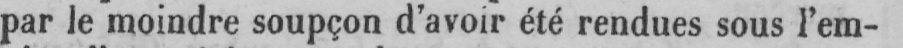
par le moindre soupçon d’avoir été rendues sous l’em-